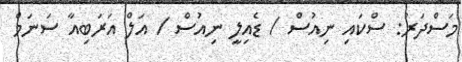
މަސްދަރު: ސްކައި ނިއުސް / ޑެއިލީ ނިއުސް / އަލް އަރަބިއާ ސަނަމް